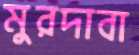
মুরদাবা